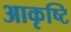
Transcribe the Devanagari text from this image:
आकृष्टि